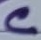
Text: C